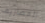
المصاريف